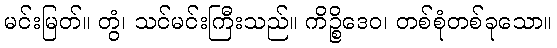
မင်းမြတ်။ တွံ၊ သင်မင်းကြီးသည်။ ကိဉ္စိဒေဝ၊ တစ်စုံတစ်ခုသော။